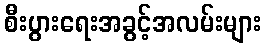
စီးပွားရေးအခွင့်အလမ်းများ